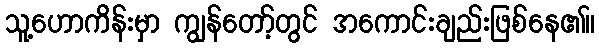
သူ့ဟောကိန်းမှာ ကျွန်တော့်တွင် အကောင်းချည်းဖြစ်နေ၏။